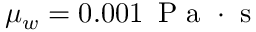
\mu _ { w } = 0 . 0 0 1 \, \mathrm { ~ P ~ a ~ } \cdot \mathrm { ~ s ~ }